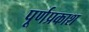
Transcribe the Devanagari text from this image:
पूर्णप्रकाश